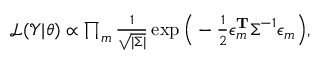
\begin{array} { r } { \mathcal { L } ( \mathcal { Y } | \boldsymbol { \theta } ) \propto \prod _ { m } \frac { 1 } { \sqrt { | \boldsymbol { \Sigma } | } } \exp \Big ( - \frac { 1 } { 2 } \boldsymbol { \epsilon } _ { m } ^ { \mathbf { T } } \boldsymbol { \Sigma } ^ { - 1 } \boldsymbol { \epsilon } _ { m } \Big ) , } \end{array}